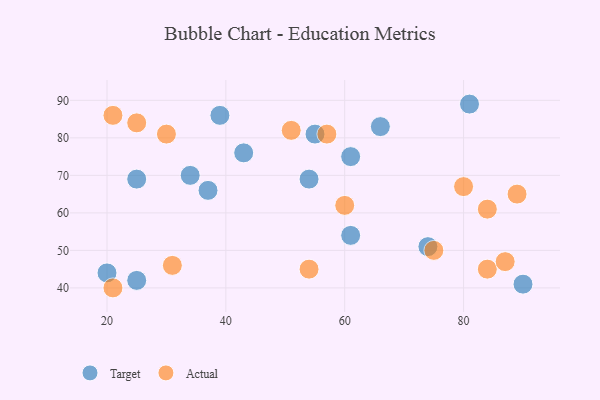
{"axis": {"x": "GDP", "y": "Life Expectancy"}, "legend": ["Actual", "Target"], "data": [{"x": "25", "y": 42, "type": "Target"}, {"x": "81", "y": 89, "type": "Target"}, {"x": "34", "y": 70, "type": "Target"}, {"x": "43", "y": 76, "type": "Target"}, {"x": "54", "y": 69, "type": "Target"}, {"x": "55", "y": 81, "type": "Target"}, {"x": "20", "y": 44, "type": "Target"}, {"x": "66", "y": 83, "type": "Target"}, {"x": "37", "y": 66, "type": "Target"}, {"x": "74", "y": 51, "type": "Target"}, {"x": "61", "y": 54, "type": "Target"}, {"x": "25", "y": 69, "type": "Target"}, {"x": "61", "y": 75, "type": "Target"}, {"x": "39", "y": 86, "type": "Target"}, {"x": "90", "y": 41, "type": "Target"}, {"x": "31", "y": 46, "type": "Actual"}, {"x": "89", "y": 65, "type": "Actual"}, {"x": "75", "y": 50, "type": "Actual"}, {"x": "51", "y": 82, "type": "Actual"}, {"x": "84", "y": 45, "type": "Actual"}, {"x": "21", "y": 40, "type": "Actual"}, {"x": "54", "y": 45, "type": "Actual"}, {"x": "21", "y": 86, "type": "Actual"}, {"x": "25", "y": 84, "type": "Actual"}, {"x": "30", "y": 81, "type": "Actual"}, {"x": "84", "y": 61, "type": "Actual"}, {"x": "60", "y": 62, "type": "Actual"}, {"x": "80", "y": 67, "type": "Actual"}, {"x": "57", "y": 81, "type": "Actual"}, {"x": "87", "y": 47, "type": "Actual"}]}